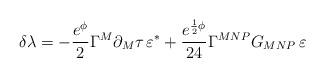
LaTeX: \begin{align*}\delta\lambda=- \frac{e^{\phi}}{2}\Gamma^{M}\partial_{M}\tau \, \varepsilon^* +\frac{e^{\frac{1}{2}\phi}}{24}\Gamma^{MNP}G_{MNP}\, \varepsilon\end{align*}